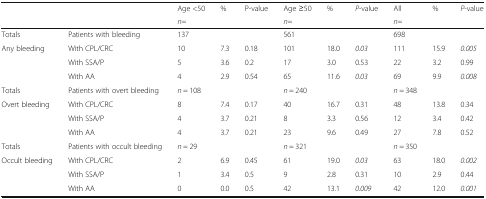
<table><thead><tr><td>[EMPTY_CELL]</td><td>[EMPTY_CELL]</td><td><b>Age &lt;50</b></td><td><b>%</b></td><td><b>P-value</b></td><td><b>Age ≥50</b></td><td><b>%</b></td><td><b><i>P</i>-value</b></td><td><b>All</b></td><td><b>%</b></td><td><b><i>P</i>-value</b></td></tr><tr><td>[EMPTY_CELL]</td><td>[EMPTY_CELL]</td><td><b><i>n</i>=</b></td><td>[EMPTY_CELL]</td><td>[EMPTY_CELL]</td><td><b><i>n</i>=</b></td><td>[EMPTY_CELL]</td><td>[EMPTY_CELL]</td><td><b><i>n</i>=</b></td><td>[EMPTY_CELL]</td><td>[EMPTY_CELL]</td></tr></thead><tbody><tr><td>Totals</td><td>Patients with bleeding</td><td>137</td><td>[EMPTY_CELL]</td><td>[EMPTY_CELL]</td><td>561</td><td>[EMPTY_CELL]</td><td>[EMPTY_CELL]</td><td>698</td><td>[EMPTY_CELL]</td><td>[EMPTY_CELL]</td></tr><tr><td rowspan="3">Any bleeding</td><td>With CPL/CRC</td><td>10</td><td>7.3</td><td>0.18</td><td>101</td><td>18.0</td><td><i>0.03</i></td><td>111</td><td>15.9</td><td><i>0.005</i></td></tr><tr><td>With SSA/P</td><td>5</td><td>3.6</td><td>0.2</td><td>17</td><td>3.0</td><td>0.53</td><td>22</td><td>3.2</td><td>0.99</td></tr><tr><td>With AA</td><td>4</td><td>2.9</td><td>0.54</td><td>65</td><td>11.6</td><td><i>0.03</i></td><td>69</td><td>9.9</td><td><i>0.008</i></td></tr><tr><td>Totals</td><td>Patients with overt bleeding</td><td><i>n</i> = 108</td><td>[EMPTY_CELL]</td><td>[EMPTY_CELL]</td><td><i>n</i> = 240</td><td>[EMPTY_CELL]</td><td>[EMPTY_CELL]</td><td><i>n</i> = 348</td><td>[EMPTY_CELL]</td><td>[EMPTY_CELL]</td></tr><tr><td rowspan="3">Overt bleeding</td><td>With CPL/CRC</td><td>8</td><td>7.4</td><td>0.17</td><td>40</td><td>16.7</td><td>0.31</td><td>48</td><td>13.8</td><td>0.34</td></tr><tr><td>With SSA/P</td><td>4</td><td>3.7</td><td>0.21</td><td>8</td><td>3.3</td><td>0.56</td><td>12</td><td>3.4</td><td>0.42</td></tr><tr><td>With AA</td><td>4</td><td>3.7</td><td>0.21</td><td>23</td><td>9.6</td><td>0.49</td><td>27</td><td>7.8</td><td>0.52</td></tr><tr><td>Totals</td><td>Patients with occult bleeding</td><td><i>n</i> = 29</td><td>[EMPTY_CELL]</td><td>[EMPTY_CELL]</td><td><i>n</i> = 321</td><td>[EMPTY_CELL]</td><td>[EMPTY_CELL]</td><td><i>n</i> = 350</td><td>[EMPTY_CELL]</td><td>[EMPTY_CELL]</td></tr><tr><td rowspan="3">Occult bleeding</td><td>With CPL/CRC</td><td>2</td><td>6.9</td><td>0.45</td><td>61</td><td>19.0</td><td><i>0.03</i></td><td>63</td><td>18.0</td><td><i>0.002</i></td></tr><tr><td>With SSA/P</td><td>1</td><td>3.4</td><td>0.5</td><td>9</td><td>2.8</td><td>0.31</td><td>10</td><td>2.9</td><td>0.44</td></tr><tr><td>With AA</td><td>0</td><td>0.0</td><td>0.5</td><td>42</td><td>13.1</td><td><i>0.009</i></td><td>42</td><td>12.0</td><td><i>0.001</i></td></tr></tbody></table>